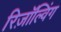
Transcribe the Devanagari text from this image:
रिज़ॉल्विंग